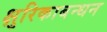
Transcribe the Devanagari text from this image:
क्षुरिकाबन्धन